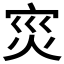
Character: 𭴠